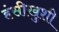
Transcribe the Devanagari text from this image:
हंसीखुशी